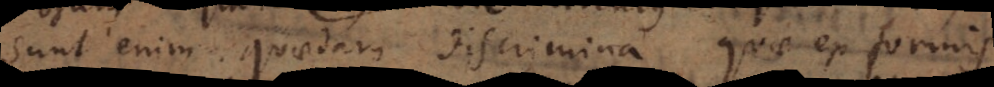
sunt enim quaedam discrimina quae ex formis